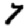
Digit: 7